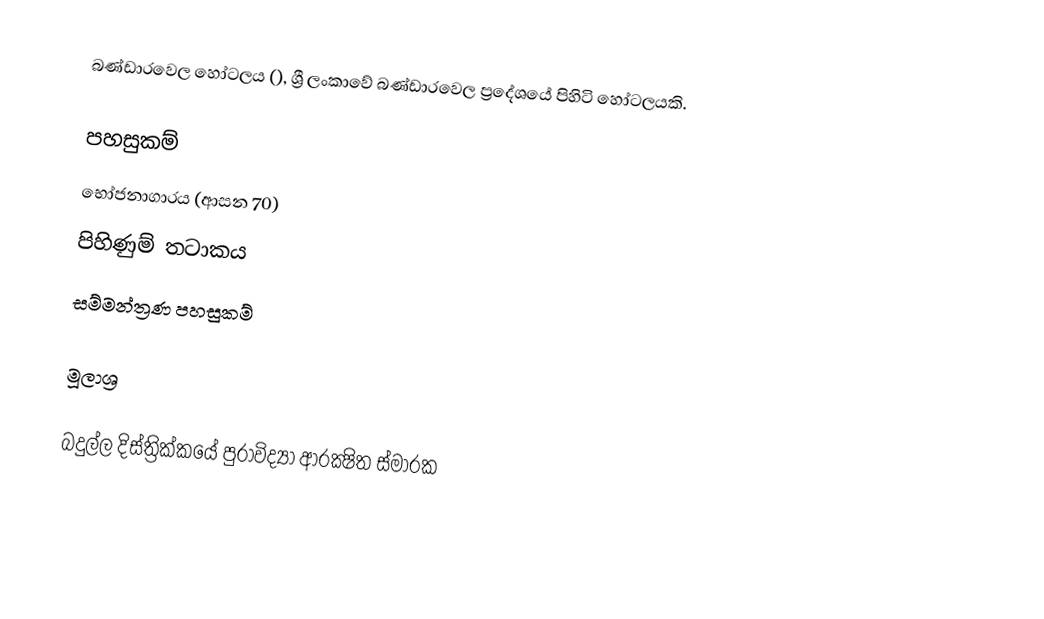
බණ්ඩාරවෙල හෝටලය (), ශ්‍රී ලංකාවේ බණ්ඩාරවෙල ප්‍රදේශයේ පිහිටි හෝටලයකි.

පහසුකම්
 භෝජනාගාරය (ආසන 70)
 පිහිණුම් තටාකය
 සම්මන්ත්‍රණ පහසුකම්

මූලාශ්‍ර

බදුල්ල දිස්ත්‍රික්කයේ පුරාවිද්‍යා ආරක්‍ෂිත ස්මාරක